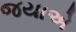
જયાએ